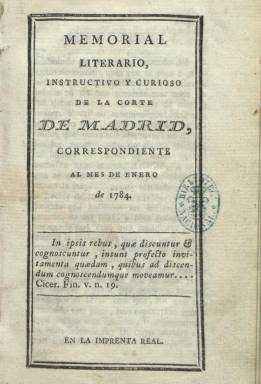
Título: Memorial literario, instructivo y curioso de la Corte de Madrid
Otros títulos: Memorial literario y curioso de la Corte de Madrid || Título de la cabecera: Memorial literario, mayo 1786-
Colección: Cultura
Ámbito geográfico: Madrid
Lugar de publicación: Madrid
Fechas: 01/01/1784-31/12/1790

Revista de carácter ilustrado y una de las de mejor empaque de la prensa dieciochesca española. Menéndez Pelayo la calificó de “la verdadera revista crítica de la época”, y a juicio de Inmaculada Urzainqui (1991) fue un “periódico ilustrado, pero no revolucionario, avanzado, pero no heterodoxo”, de naturaleza cultural y “de corte enteramente nuevo en España”. Fue fundado por los aragoneses afincados en la corte Joaquín Ezquerra –en algunas fuentes, Esquerra- (1750-1820), que fue catedrático de Latín en los Reales Estudios de San Isidro, y Pedro Pablo Trullenc -o Trullero-, portero de la Cámara de Castilla. Comienza a publicarse en enero de 1784, en entregas que superan ampliamente el centenar de páginas, al principio manteniendo cada una paginación propia, y empezando su secuenciación con la número XXI (septiembre de 1785). La publicación, que venía siendo mensual, comienza a publicar dos entregas al mes (con la anotación de primera y segunda parte) a partir de septiembre de 1787, siendo también continuada su paginación en cada uno de los tomos que forma su colección. El último de estos en la de la Biblioteca Nacional de España corresponde al XXI, que incluye las entregas de septiembre a diciembre de 1790, secuenciada esta última con el número CXXIII.

Una advertencia posterior –anotada por Hartzenbusch (1894) y también señalada por Aguilar Piñal (1978)- indica que llegaron a aparecer también las dos entregas correspondientes a enero de 1791 (que iniciarían el tomo XXII), quedando suspendido este título por la Real Orden de 24 de febrero de este último año, al igual que las demás publicaciones periódicas -a excepción de las oficiales (Gazeta y Mercurio) y Diario de Madrid-, por la que el conde de Floridablanca pretendió impedir el contagio de las ideas de la Revolución Francesa. Al final de cada entrega aparece un índice de los artículos contenidos, y también da cuenta del listado de suscriptores. Fue estampado en la Imprenta Real, en 8º, compuesto a una columna.

Cada entrega contiene un diario y observaciones meteorológicas, para a continuación ofrecer artículos de las más variadas materias científicas, técnicas y literarias, con textos sobre medicina, cirugía, anatomía, historia natural, química, botánica, farmacia, descubrimientos o sobre las nobles artes, además de economía, filosofía, teología, jurisprudencia, historia literaria, poesía, disposiciones oficiales y juicios críticos de obras dramáticas y comedias, convirtiéndose en la más importante revista teatral del siglo dieciocho. Ofrece asimismo noticias, datos y listados sobre novedades bibliográficas, y sobre las reales academias de bellas artes, de jurisprudencia o de cánones, y de otras instituciones científicas y colegios (como el Real Gabinete de Historia Natural o el Real Jardín Botánico), de actos literarios, extractos de sermones, discursos y disertaciones, festividades religiosas y seculares, fiestas de toros, funerales, certámenes y oposiciones y otras curiosas, como incendios y reparación de edificios y obras públicas, de fábricas y nuevos instrumentos fabriles, ventas y compras o precios de productos. Además de tablas, inserta también figuras y algún grabado.

Siendo Ezquerra su principal redactor, debió contar con médicos, cirujanos y miembros de reales academias y colegios como colaboradores, y entre estos estuvo también Manuel Núñez de Arenas, párroco de Cardenete (Cuenca), que firmaba El Escrupuloso, y principalmente el médico ilustrado e inventor barcelonés Frances Salvà i Campillo (1751-1828), sobre cuyos textos en la revista (artículos de medicina, electricidad o meteorología) ha llevado a cabo un estudio Jesús Sánchez Miñana (2000). Por su parte, Inmaculada Urzainqui, ha elaborado también un análisis sobre su crítica teatral y secularización (1992), y Enrique García Santo-Tomás, sobre la recepción de la obra de Calderón en la revista (2000). Además de los citados, otros trabajos que dan cuenta de esta publicación son los de Paul J. Guinard (1973) y Elisabel Larriba (1998), referidos a la prensa española dieciochesca, o los de María José Rodríguez Sánchez de León (1991) y José Checa Beltrán (2009).

De nuevo se publicó entre julio de 1793 y diciembre de 1797, con el título Continuación del Memorial literario, instructivo y curioso de la Corte de Madrid, y desde 1801 a 1808 con el título Memorial literario o Biblioteca periódica de ciencias, literatura y artes, que integran también la Hemeroteca Digital de la Biblioteca Nacional de España.